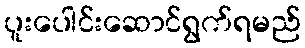
ပူးပေါင်းဆောင်ရွက်ရမည်